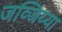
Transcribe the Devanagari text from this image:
जव्जिय्या